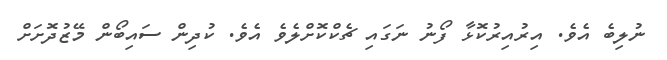
ނުލިބެ އެވެ. އިރުއިރުކޮޅާ ފޯނު ނަގައި ޗެކްކޮށްލެވެ އެވެ. ކުދިން ސައިބޯން މޭޒުދޮށަށް